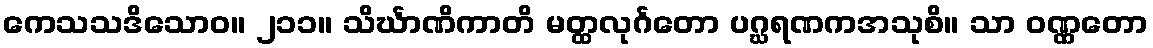
ကေသသဒိသောဝ။ ၂၁၁။ သိင်္ဃာဏိကာတိ မတ္ထလုင်္ဂတော ပဂ္ဃရဏကအသုစိ။ သာ ဝဏ္ဏတော